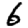
Digit: 6